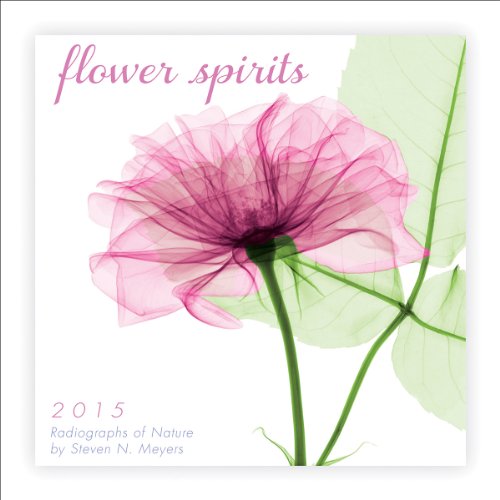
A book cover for Flower Spirits 2015 Mini Calendar; Sellers Publishing Inc; Calendars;